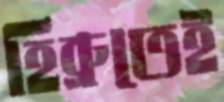
হিব্রুতেই